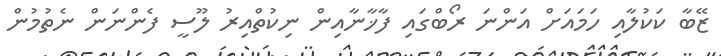
ޒޭބާ ކަކުލާއި ހަމައަށް އަންނަ ރޯބްގައި ފާޚާނާއިން ނިކުތްއިރު ލޫސީ ފެންނަން ނެތުމުން